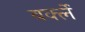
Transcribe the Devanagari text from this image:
बर्क्ले